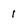
Character: 1